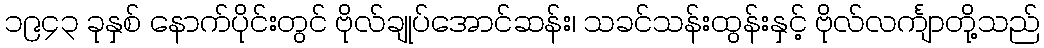
၁၉၄၃ ခုနှစ် နောက်ပိုင်းတွင် ဗိုလ်ချုပ်အောင်ဆန်း၊ သခင်သန်းထွန်းနှင့် ဗိုလ်လင်္ကျာတို့သည်